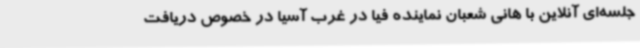
جلسه‌ای آنلاین با هانی شعبان نماینده فیا در غرب آسیا در خصوص دریافت